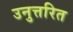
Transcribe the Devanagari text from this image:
उनुत्तरित